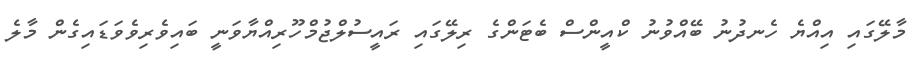
މާލޭގައި އިއްޔެ ހެނދުނު ބޭއްވުނު ކްއީންސް ބެޓަންގެ ރިލޭގައި ރައީސުލްޖުމްހޫރިއްޔާވަނީ ބައިވެރިވެވަޑައިގެން މާލެ